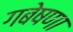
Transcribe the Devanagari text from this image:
गबेषणा